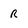
Character: R